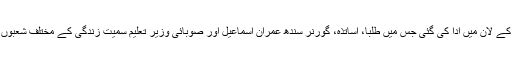
ڈاکٹر اجمل خان کی نماز جنازہ مرکزی جامعہ مسجد ابراہیم کے لان میں ادا کی گئی جس میں طلبا، اساتذہ، گورنر سندھ عمران اسماعیل اور صوبائی وزیر تعلیم سمیت زندگی کے مختلف شعبوں سے تعلق رکھنے والے افراد نے بڑی تعداد میں شرکت کی۔